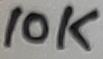
Text: 10K